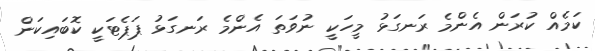
ކަމެއް ކުރަން އެންމެ ރަނގަޅު މީހަކީ ނުވަތަ އެންމެ ރަނގަޅު ޕަޕެޓަކީ ކޮބައިކަން